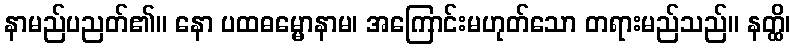
နာမည်ပညတ်၏။ နော ပထဓမ္မောနာမ၊ အကြောင်းမဟုတ်သော တရားမည်သည်။ နတ္ထိ၊